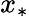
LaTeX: x_{*}